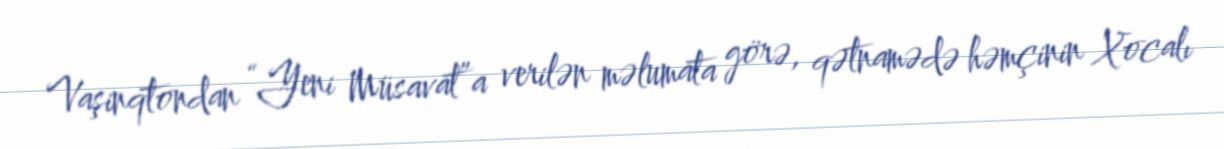
Vaşinqtondan “Yeni Müsavat”a verilən məlumata görə, qətnamədə həmçinin Xocalı